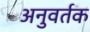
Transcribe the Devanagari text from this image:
अनुवर्तक